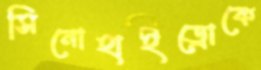
সিনোহাইড্রোকে